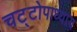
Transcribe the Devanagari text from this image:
चट्‌टोपाध्याय